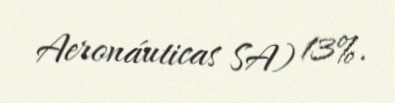
Aeronáuticas SA) 13%.